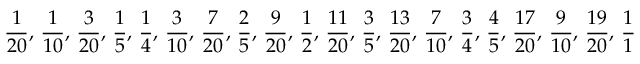
{ \frac { 1 } { 2 0 } } , \, { \frac { 1 } { 1 0 } } , \, { \frac { 3 } { 2 0 } } , \, { \frac { 1 } { 5 } } , \, { \frac { 1 } { 4 } } , \, { \frac { 3 } { 1 0 } } , \, { \frac { 7 } { 2 0 } } , \, { \frac { 2 } { 5 } } , \, { \frac { 9 } { 2 0 } } , \, { \frac { 1 } { 2 } } , \, { \frac { 1 1 } { 2 0 } } , \, { \frac { 3 } { 5 } } , \, { \frac { 1 3 } { 2 0 } } , \, { \frac { 7 } { 1 0 } } , \, { \frac { 3 } { 4 } } , \, { \frac { 4 } { 5 } } , \, { \frac { 1 7 } { 2 0 } } , \, { \frac { 9 } { 1 0 } } , \, { \frac { 1 9 } { 2 0 } } , \, { \frac { 1 } { 1 } }